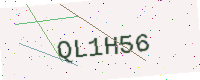
Text: QL1H56